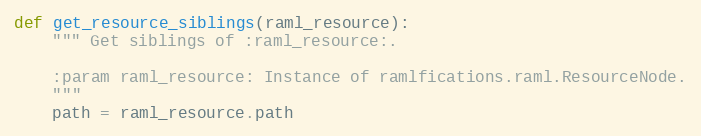
Language: Python
def get_resource_siblings(raml_resource):
    """ Get siblings of :raml_resource:.

    :param raml_resource: Instance of ramlfications.raml.ResourceNode.
    """
    path = raml_resource.path